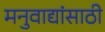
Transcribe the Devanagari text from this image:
मनुवाद्यांसाठी